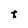
Character: t